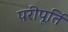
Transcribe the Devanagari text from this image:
परीपूर्ति